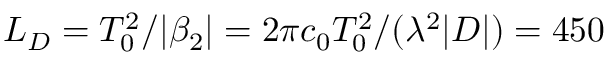
L _ { D } = T _ { 0 } ^ { 2 } / \vert \beta _ { 2 } \vert = 2 \pi c _ { 0 } T _ { 0 } ^ { 2 } / ( \lambda ^ { 2 } \vert D \vert ) = 4 5 0